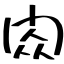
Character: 閦